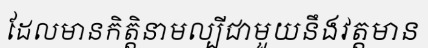
ដែលមានកិត្តិនាមល្បីជាមួយនឹងវត្តមាន